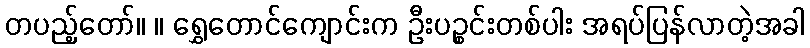
တပည့်တော်။ ။ ရွှေတောင်ကျောင်းက ဦးပဉ္စင်းတစ်ပါး အရပ်ပြန်လာတဲ့အခါ